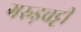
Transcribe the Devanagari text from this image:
गरुड़चट्टी